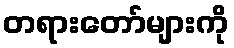
တရားတော်များကို